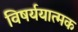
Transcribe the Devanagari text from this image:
विषर्ययात्मक